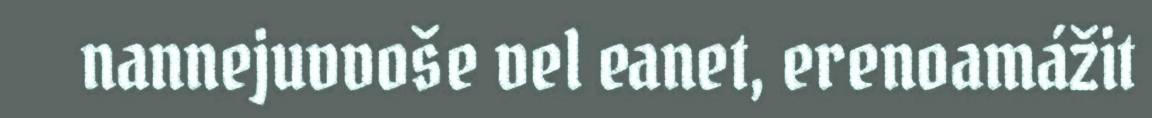
nannejuvvoše vel eanet, erenoamážit